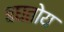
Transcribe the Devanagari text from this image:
बघतोय